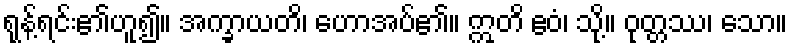
ရုန့်ရင်း၏ဟူ၍။ အက္ခာယတိ၊ ဟောအပ်၏။ ဣတိ ဧဝံ၊ သို့။ ဝုတ္တဿ၊ သော။